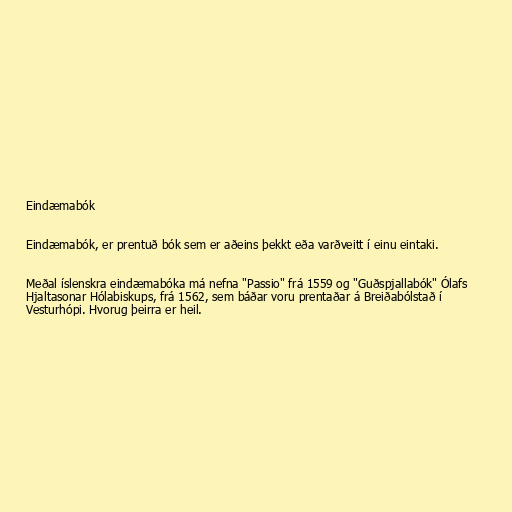
Eindæmabók

Eindæmabók, er prentuð bók sem er aðeins þekkt eða varðveitt í einu eintaki.

Meðal íslenskra eindæmabóka má nefna "Passio" frá 1559 og "Guðspjallabók" Ólafs
Hjaltasonar Hólabiskups, frá 1562, sem báðar voru prentaðar á Breiðabólstað í
Vesturhópi. Hvorug þeirra er heil.